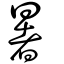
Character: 暑